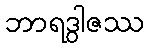
ဘာရဒွါဇဿ